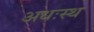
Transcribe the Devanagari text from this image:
अधःस्थ